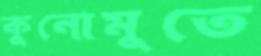
কুনোমুতে